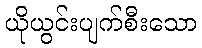
ယိုယွင်းပျက်စီးသော